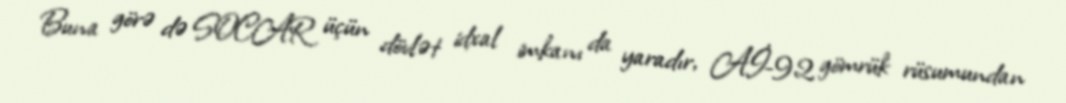
Buna görə də SOCAR üçün dövlət idxal imkanı da yaradır, Aİ-92 gömrük rüsumundan